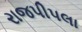
રાજપીપલા